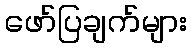
ဖော်ပြချက်များ